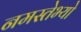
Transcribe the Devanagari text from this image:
नमस्तेभ्यो